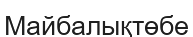
Майбалықтөбе